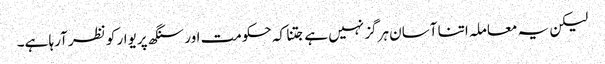
لیکن یہ معاملہ اتنا آسان ہرگز نہیں ہے جتنا کہ حکومت اور سنگھ پریوار کو نظر آرہا ہے۔